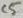
Text: C5